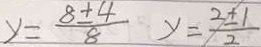
y = \frac { 8 \pm 4 } { 8 } y = \frac { 2 \pm 1 } { 2 }